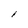
Character: l